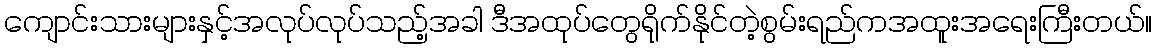
ကျောင်းသားများနှင့်အလုပ်လုပ်သည့်အခါ ဒီအထုပ်တွေရိုက်နိုင်တဲ့စွမ်းရည်ကအထူးအရေးကြီးတယ်။